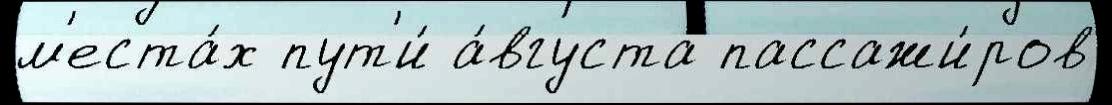
м'еста́х пут'и́ а́вгуста пассажи́ров